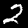
Label: 2